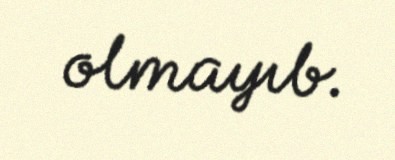
olmayıb.